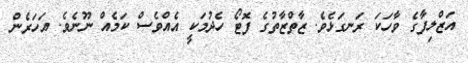
އަޒްލިފާގެ ވާހަކަ ރަނގަޅެވެ. ޒާތްޒާތުގެ ފޮޓޯ ހެދުމަކީ އެއްވެސް ކަމެއް ނޫނެވެ. އަހަރެން